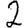
Digit: 2